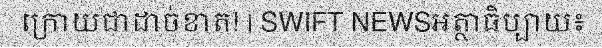
ក្រោយជាដាច់ខាត! | SWIFT NEWSអត្ថាធិប្បាយ៖